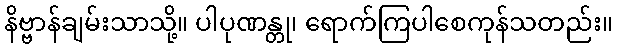
နိဗ္ဗာန်ချမ်းသာသို့။ ပါပုဏန္တု၊ ရောက်ကြပါစေကုန်သတည်း။